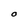
Character: 0